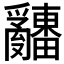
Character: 𤕌